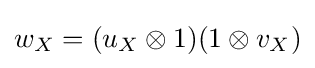
w_{X}=(u_{X}\otimes 1)(1\otimes v_{X})